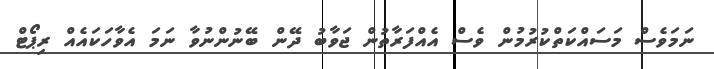
ނަމަވެސް މަސައްކަތްކުރުމުން ވެސް އެއްފަރާތުން ޖަވާބު ދޭން ބޭނުންނުވާ ނަމަ އެވާހަކައެއް ރިޕޯޓް